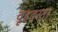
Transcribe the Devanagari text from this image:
वृहदस्तर